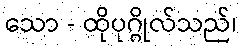
သော - ထိုပုဂ္ဂိုလ်သည်၊